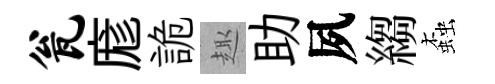
瓮庬詭趣助夙縐螙